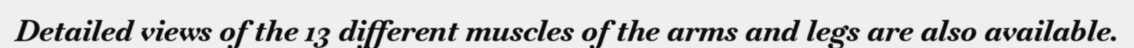
Detailed views of the 13 different muscles of the arms and legs are also available.